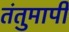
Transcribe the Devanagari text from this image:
तंतुमापी